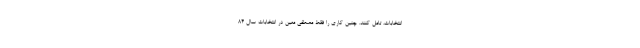
انتخابات، تامل کنند. چنین کاری را فقط مصطفی معین در انتخابات سال 84